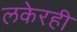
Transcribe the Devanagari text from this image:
लकेरही